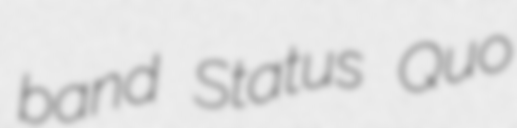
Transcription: band Status Quo